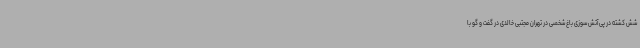
شش کشته در پی آتش سوزی باغ شخصی در تهران مجتبی خالدی در گفت و گو با